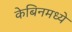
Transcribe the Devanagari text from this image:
केबिनमध्ये